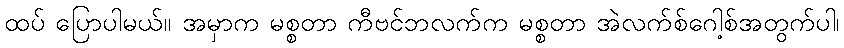
ထပ် ပြောပါမယ်။ အမှာက မစ္စတာ ကီဗင်ဘလက်က မစ္စတာ အဲလက်စ်ဂေါ့စ်အတွက်ပါ၊